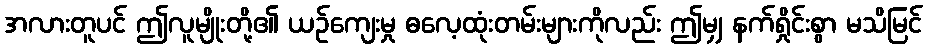
အလားတူပင် ဤလူမျိုးတို့၏ ယဉ်ကျေးမှု ဓလေ့ထုံးတမ်းများကိုလည်း ဤမျှ နက်ရှိုင်းစွာ မသိမြင်